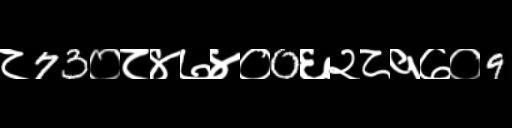
Text: ८73०८४७४०0६२८१७०9